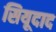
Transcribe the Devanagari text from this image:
सियूदाद